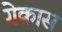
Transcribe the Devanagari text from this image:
गेकास